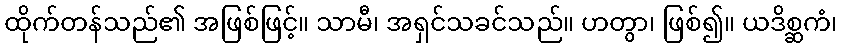
ထိုက်တန်သည်၏ အဖြစ်ဖြင့်။ သာမီ၊ အရှင်သခင်သည်။ ဟတွာ၊ ဖြစ်၍။ ယဒိစ္ဆကံ၊